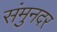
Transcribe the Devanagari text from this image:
संमुनदर